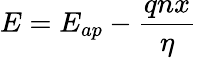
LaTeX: E=E_{ap}-\frac{qnx}{\eta}